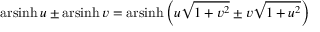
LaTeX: \operatorname { a r s i n h } u \pm \operatorname { a r s i n h } v = \operatorname { a r s i n h } \left( u { \sqrt { 1 + v ^ { 2 } } } \pm v { \sqrt { 1 + u ^ { 2 } } } \right)